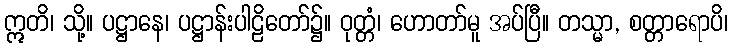
ဣတိ၊ သို့။ ပဋ္ဌာနေ၊ ပဋ္ဌာန်းပါဠိတော်၌။ ဝုတ္တံ၊ ဟောတာ်မူ အပ်ပြီ။ တသ္မာ, စတ္တာရောပိ၊